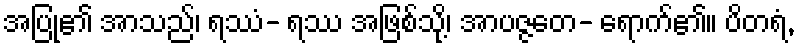
အပြု၏ အာသည်၊ ရဿံ- ရဿ အဖြစ်သို့၊ အာပဇ္ဇတေ- ရောက်၏။ ပိတရံ,